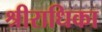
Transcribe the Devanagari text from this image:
श्रीराधिका